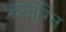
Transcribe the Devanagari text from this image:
क्रताग्नि